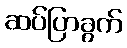
ဆပ်ပြာခွက်